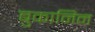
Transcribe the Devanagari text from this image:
बुकानिन